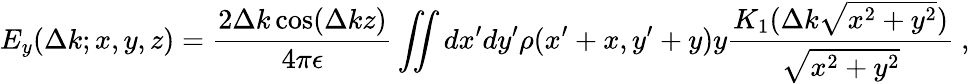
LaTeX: E_{y}(\Delta k;x,y,z)=\frac{2\Delta k\cos(\Delta kz)}{4\pi\epsilon}\iint dx^{\prime}dy^{\prime}\rho(x^{\prime}+x,y^{\prime}+y)y\frac{K_{1}(\Delta k\sqrt{x^{2}+y^{2}})}{\sqrt{x^{2}+y^{2}}}~,